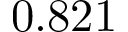
0 . 8 2 1